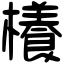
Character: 𣞼